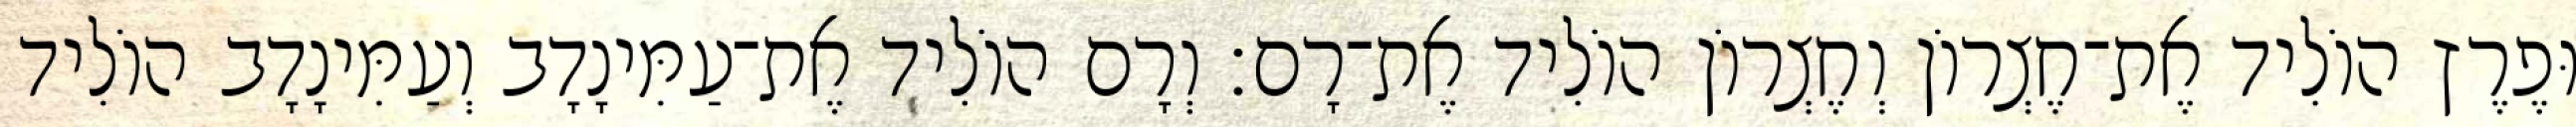
וּפֶרֶץ הוֹלִיד אֶת־חֶצְרוֹן וְחֶצְרוֹן הוֹלִיד אֶת־רָם׃ וְרָם הוֹלִיד אֶת־עַמִּינָדָב וְעַמִּינָדָב הוֹלִיד